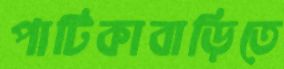
পাটিকাবাড়িতে